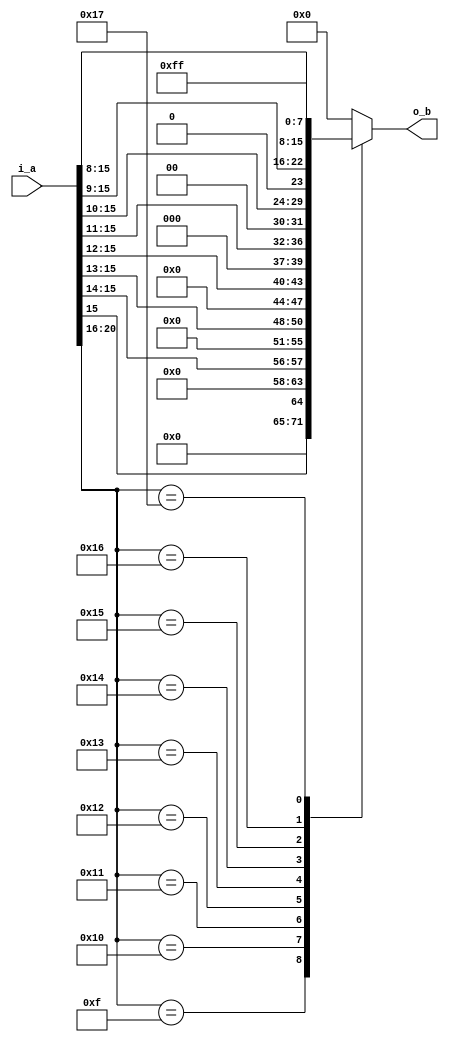
//=======================================================================
// Project Polyphony
//
// File:
//   fm_3d_f22_to_i8_2.v
//
// Abstract:
//   floating point to 8bit integer conversion
//   not multiply 255.0 before ftoi
//  Created:
//    22 December 2008
//
// Copyright (c) 2008  Kenji Ishimaru, All rights reserved.
//
//======================================================================
//
// Copyright (c) 2020, Kenji Ishimaru
// All rights reserved.
//
// Redistribution and use in source and binary forms, with or without
// modification, are permitted provided that the following conditions are met:
//
//  -Redistributions of source code must retain the above copyright notice,
//   this list of conditions and the following disclaimer.
//  -Redistributions in binary form must reproduce the above copyright notice,
//   this list of conditions and the following disclaimer in the documentation
//   and/or other materials provided with the distribution.
//
// THIS SOFTWARE IS PROVIDED BY THE COPYRIGHT HOLDERS AND CONTRIBUTORS "AS IS"
// AND ANY EXPRESS OR IMPLIED WARRANTIES, INCLUDING, BUT NOT LIMITED TO,
// THE IMPLIED WARRANTIES OF MERCHANTABILITY AND FITNESS FOR A PARTICULAR
// PURPOSE ARE DISCLAIMED. IN NO EVENT SHALL THE COPYRIGHT HOLDER OR
// CONTRIBUTORS BE LIABLE FOR ANY DIRECT, INDIRECT, INCIDENTAL, SPECIAL,
// EXEMPLARY, OR CONSEQUENTIAL DAMAGES (INCLUDING, BUT NOT LIMITED TO,
// PROCUREMENT OF SUBSTITUTE GOODS OR SERVICES; LOSS OF USE, DATA, OR PROFITS;
// OR BUSINESS INTERRUPTION) HOWEVER CAUSED AND ON ANY THEORY OF LIABILITY,
// WHETHER IN CONTRACT, STRICT LIABILITY, OR TORT (INCLUDING NEGLIGENCE OR
// OTHERWISE) ARISING IN ANY WAY OUT OF THE USE OF THIS SOFTWARE,
// EVEN IF ADVISED OF THE POSSIBILITY OF SUCH DAMAGE.
//

module fm_3d_f22_to_i8_2 (
  i_a,
  o_b
);

///////////////////////////////////////////
//  port definition
///////////////////////////////////////////
    input  [21:0] i_a;          // input s1, e5, f1.15
    output [7:0]  o_b;          // unsigned integer
///////////////////////////////////////////
//  wire definition
///////////////////////////////////////////
    // intermidiate wire
    wire        w_sign;
    wire [4:0]  w_exp;
    wire [15:0] w_fraction;

///////////////////////////////////////////
//  assign statement
///////////////////////////////////////////
    assign w_sign = i_a[21];
    assign w_exp  = i_a[20:16];
    assign w_fraction = i_a[15:0];

    assign o_b = f_ftoi(w_exp, w_fraction);
///////////////////////////////////////////
//  function statement
///////////////////////////////////////////
    function [7:0] f_ftoi;
        input [4:0]  exp;
        input [15:0] frac;
        begin
            case (exp)
                5'd15: f_ftoi = {7'b0,frac[15]};
                5'd16: f_ftoi = {6'b0,frac[15:14]};
                5'd17: f_ftoi = {5'b0,frac[15:13]};
                5'd18: f_ftoi = {4'b0,frac[15:12]};
                5'd19: f_ftoi = {3'b0,frac[15:11]};
                5'd20: f_ftoi = {2'b0,frac[15:10]};
                5'd21: f_ftoi = {1'b0,frac[15:9]};
                5'd22: f_ftoi = frac[15:8];
                5'd23: f_ftoi = 8'd255;  // overflow
                default: f_ftoi = 8'h0;  // including zero
            endcase
        end
    endfunction

endmodule